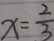
x = \frac { 2 } { 3 }